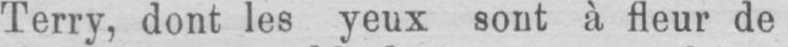
Terry, dont les yeux sont à fleur de